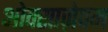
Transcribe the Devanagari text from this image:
ओक्साज़ेपम